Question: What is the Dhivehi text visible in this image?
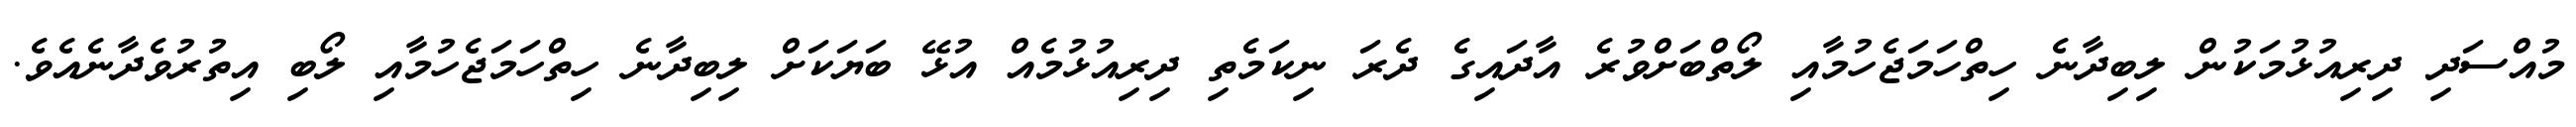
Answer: މުއްސަދި ދިރިއުޅުމަކުން ލިބިދާނެ ހިތްހަމަޖެހުމާއި ލޯތްބަށްވުރެ އާދައިގެ ދެރަ ނިކަމެތި ދިރިއުޅުމެއް އުޅޭ ބަޔަކަށް ލިބިދާނެ ހިތްހަމަޖެހުމާއި ލޯބި އިތުރުވެދާނެއެވެ.